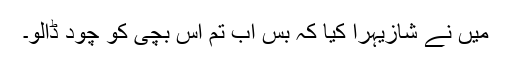
میں نے شازیہرا کیا کہ بس اب تم اس بچی کو چود ڈالو۔